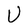
Character: U